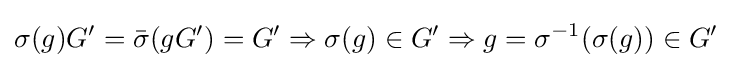
\sigma (g)G'={\bar {\sigma }}(gG')=G'\Rightarrow \sigma (g)\in G'\Rightarrow g=\sigma ^{-1}(\sigma (g))\in G'